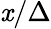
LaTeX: \mathit{x}/\Delta